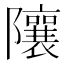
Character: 𨽢